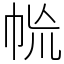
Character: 㡃